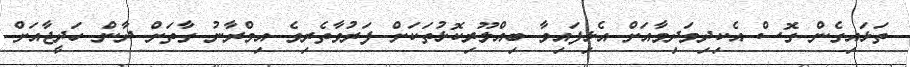
ތަޅައިގެން ގޮސް އެކިދިމަދިމާއަށް އެޅިފައިވާ ބިއްލޫރިކޮޅުތަކަށް ފަރުވާތެރިވެ އިމްރާނު ގާތަށް ދާން ހަދީޖާއަށް